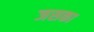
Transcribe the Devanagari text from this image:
जसका